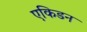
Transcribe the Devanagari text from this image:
एकिडन